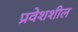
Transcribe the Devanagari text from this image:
प्रवेशशील